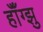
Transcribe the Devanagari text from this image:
हॉँग्झु